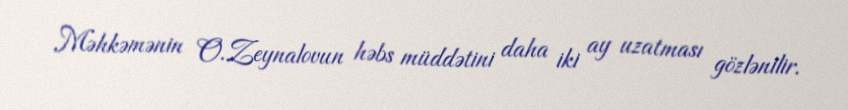
Məhkəmənin O.Zeynalovun həbs müddətini daha iki ay uzatması gözlənilir.